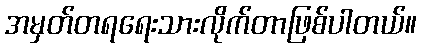
အမှတ်တရရေးသားလိုက်တာဖြစ်ပါတယ်။